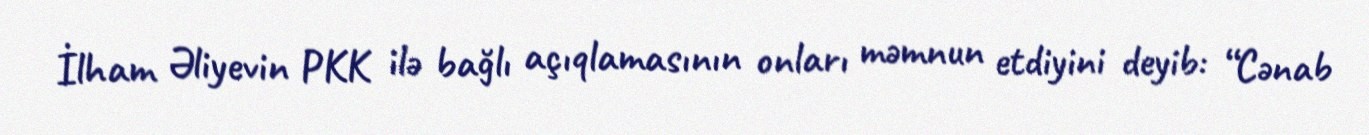
İlham Əliyevin PKK ilə bağlı açıqlamasının onları məmnun etdiyini deyib: “Cənab